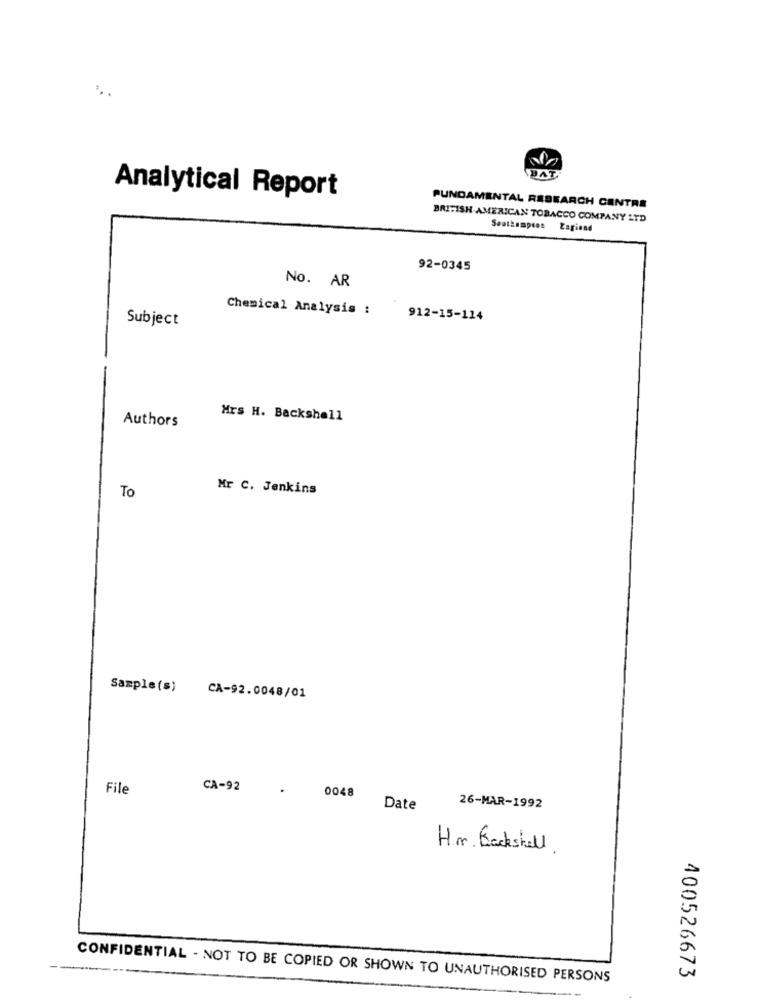
DATA
Analytical Report
FUNDAMENTAL RESEARCH CENTRE
BRITISH AMERICAN TOBACCO COMPANY LTD
Southampton Zagiand
92-0345
No. AR
Chemical Analysis :
Subject
912-15-114
Authors
Mrs H. Backshell
Mr C. Jenkins
To
Sample(s) CA-92.0048/01
File
CA-92
0048
Date
26-MAR-1992
H.m. Backshell .
400526673
CONFIDENTIAL - NOT TO BE COPIED OR SHOWN TO UNAUTHORISED PERSONS